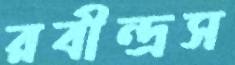
রবীন্দ্রস